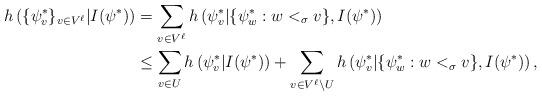
LaTeX: \begin{align*} h\left( \{\psi^*_v\}_{v\in V^\ell}| I(\psi^*)\right) &= \sum_{v\in V^\ell} h\left( \psi^*_v| \{\psi^*_w:w<_\sigma v \},I(\psi^*)\right) \\ &\leq \sum_{v\in U} h\left( \psi^*_v| I(\psi^*)\right)+ \sum_{v\in V^\ell\setminus U} h\left( \psi^*_v| \{\psi^*_w:w<_\sigma v \},I(\psi^*)\right),\end{align*}